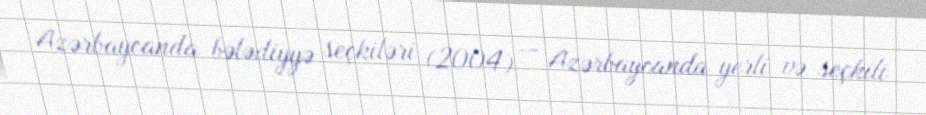
Azərbaycanda bələdiyyə seçkiləri (2004) — Azərbaycanda yerli və seçkili